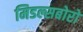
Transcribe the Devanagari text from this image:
मिडल्सबोरो